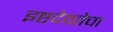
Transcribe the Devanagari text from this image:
इष्टदेवतेचा